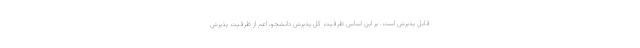
قابل پذیرش است. بر این اساس ظرفیت کل پذیرش دانشجو، اعم از ظرفیت پذیرش